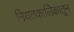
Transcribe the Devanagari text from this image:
नियतकालिेकातून